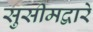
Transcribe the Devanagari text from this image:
सुसीमद्वारे